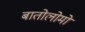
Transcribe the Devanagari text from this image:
बातोलोमो